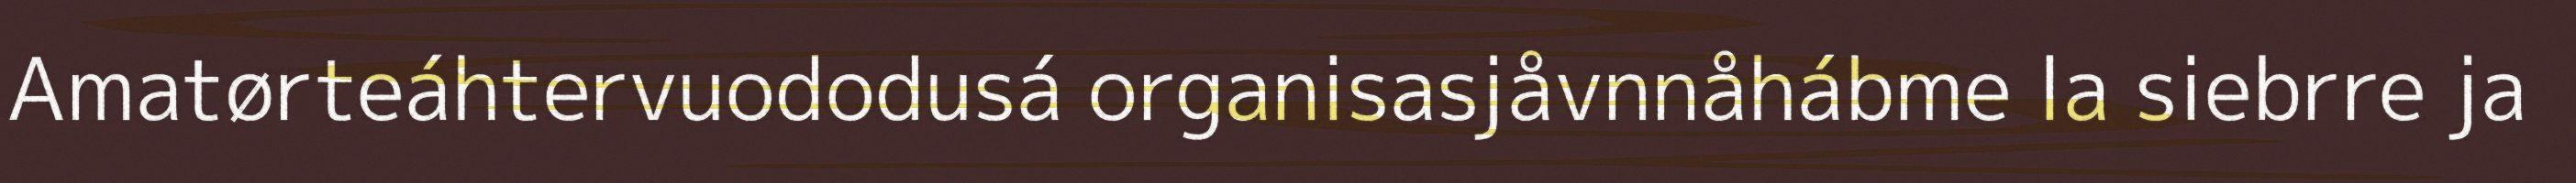
Amatørteáhtervuododusá organisasjåvnnåhábme la siebrre ja